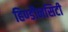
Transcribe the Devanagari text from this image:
हिण्डौनसिटी